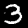
Digit: 3